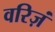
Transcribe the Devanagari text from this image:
वरिज़ं